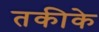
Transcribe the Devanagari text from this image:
तकीके